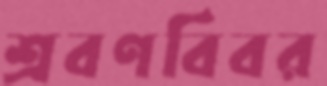
শ্রবণবিবর